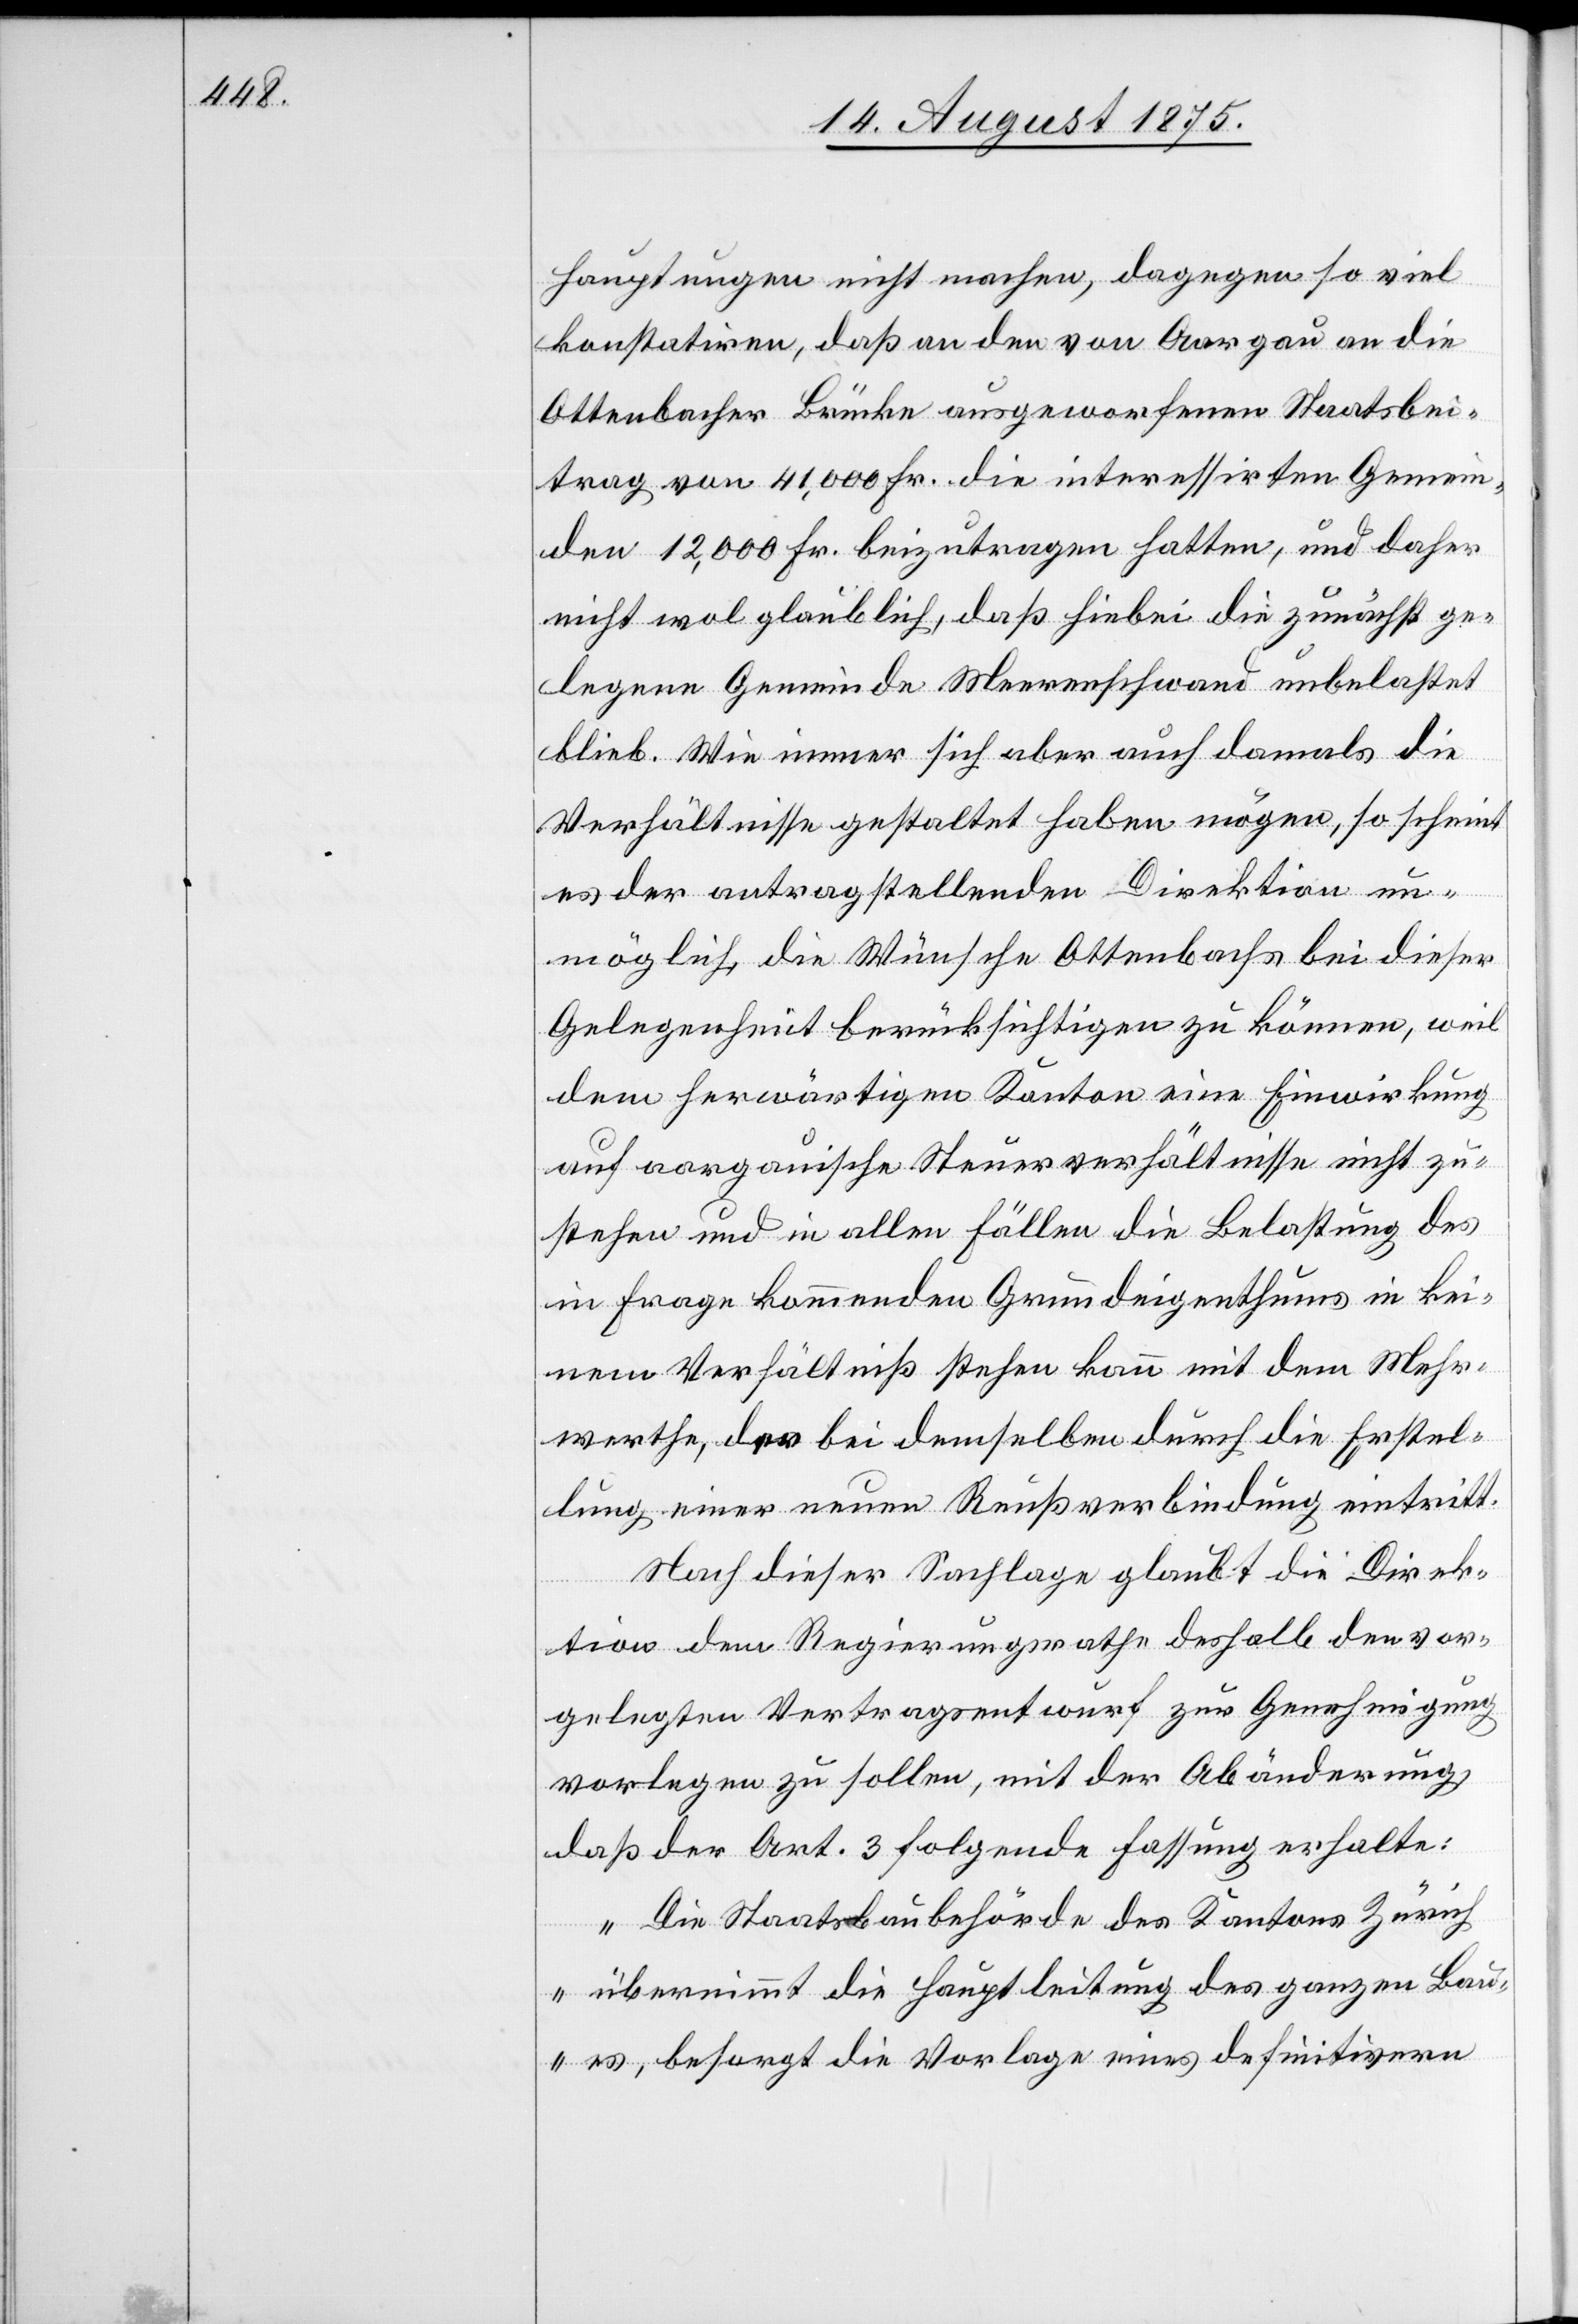
hauptungen nicht machen, dagegen so viel
konstatiren, daß an den von Aargau an die
Ottenbacher Brücke ausgeworfenen Staatsbei¬
trag von 41,000 Fr. die interessirten Gemein¬
den 12,000 Fr. beizutragen hätten, und daher
nicht wol glaublich, daß hiebei die zunächst ge¬
legene Gemeinde Merenschwand unbelastet
blieb. Wie immer sich aber auch damals die
Verhältnisse gestaltet haben mögen, so scheint
es der antragstellenden Direktion un¬
möglich, die Wünsche Ottenbachs bei dieser
Gelegenheit berücksichtigen zu können, weil
dem herwärtigen Kanton eine Einwirkung
auf aargauische Steuerverhältnisse nicht zu¬
stehen und in allen Fällen die Belastung des
in Frage kommenden Grundeigenthums in kei¬
nem Verhältniß stehen kann mit dem Mehr¬
werthe, der bei demselben durch die Erstel¬
lung einer neuen Reußverbindung eintritt.
Nach dieser Sachlage glaubt die Direk¬
tion dem Regierungsrathe deshalb den vor¬
gelegten Vertragsentwurf zur Genehmigung
vorlegen zu sollen, mit der Abänderung,
daß der Art. 3 folgende Fassung erhalte:
„Die Staatsbaubehörde des Kantons Zürich
übernimmt die Hauptleitung des ganzen Bau¬
es, besorgt die Vorlage eines definitiven